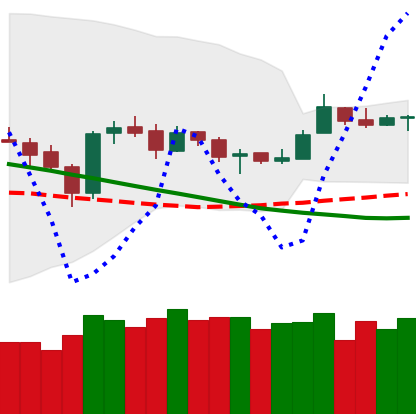
Ticker: ETH-USD
Chart end date: 2019-03-20
Forward return: -4.02%
Label: down_3_5